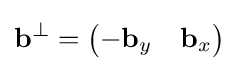
\mathbf {b} ^{\perp }={\begin{pmatrix}-\mathbf {b} _{y}&\mathbf {b} _{x}\end{pmatrix}}